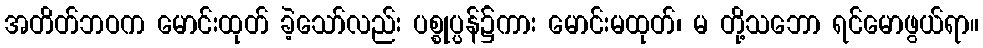
အတိတ်ဘဝက မောင်းထုတ် ခဲ့သော်လည်း ပစ္စုပ္ပန်၌ကား မောင်းမထုတ်၊ မ တို့သဘော ရင်မောဖွယ်ရာ။